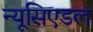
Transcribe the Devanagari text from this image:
न्यूसिएडल